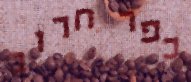
כפר חרוב